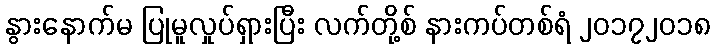
နွားနောက်မ ပြုမူလှုပ်ရှားပြီး လက်တို့စ် နားကပ်တစ်ရံ ၂၀၁၇၂၀၁၈